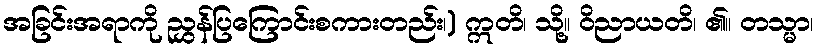
အခြင်းအရာကို ညွှန်ပြကြောင်းစကားတည်း၊) ဣတိ၊ သို့။ ဝိညာယတိ၊ ၏။ တသ္မာ၊